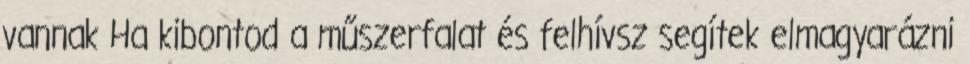
vannak Ha kibontod a műszerfalat és felhívsz segítek elmagyarázni